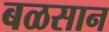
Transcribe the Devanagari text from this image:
बळसान